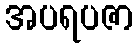
အပရပဇာ